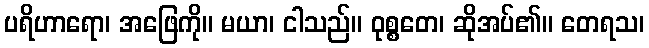
ပရိဟာရော၊ အဖြေကို။ မယာ၊ ငါသည်။ ဝုစ္စတေ၊ ဆိုအပ်၏။ တေရသ၊